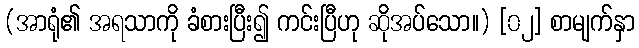
(အာရုံ၏ အရသာကို ခံစားပြီး၍ ကင်းပြီဟု ဆိုအပ်သော။) [၀၂] စာမျက်နှာ